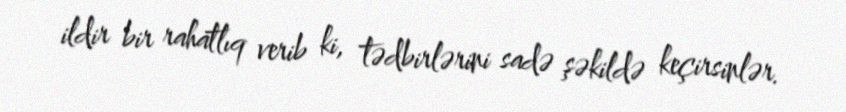
ildir bir rahatlıq verib ki, tədbirlərini sadə şəkildə keçirsinlər.